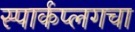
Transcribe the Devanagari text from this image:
स्पार्कप्लगचा